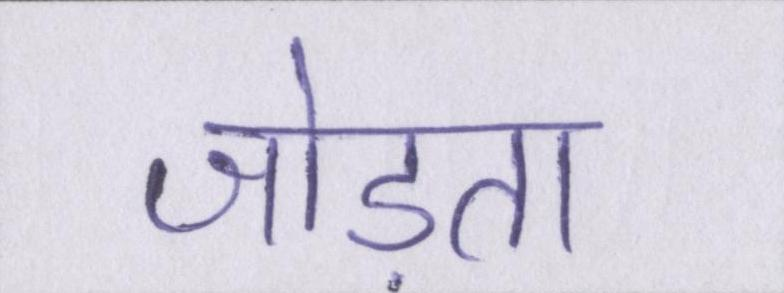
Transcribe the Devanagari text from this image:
जोड़ता